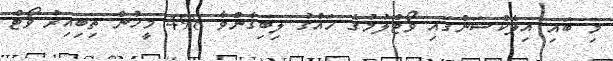
މި ބައި އިލެކްޝަންގައި ވޯޓްލުމުގެ ހައްގު ލިބިގެންވާ 498 މީހުން ތިބިއިރު ވޯޓް